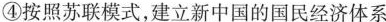
④按照苏联模式，建立新中国的国民经济体系